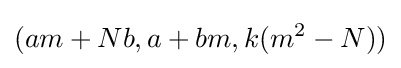
(am+Nb,a+bm,k(m^{2}-N))